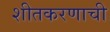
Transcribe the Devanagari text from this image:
शीतकरणाची